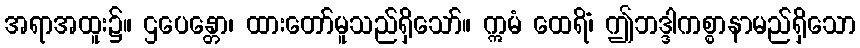
အရာအထူး၌။ ဌပေန္တော၊ ထားတော်မူသည်ရှိသော်။ ဣမံ ထေရိံ၊ ဤဘဒ္ဒါကစ္စာနာမည်ရှိသော